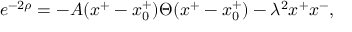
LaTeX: e ^ { - 2 \rho } = - A ( x ^ { + } - x _ { 0 } ^ { + } ) \Theta ( x ^ { + } - x _ { 0 } ^ { + } ) - \lambda ^ { 2 } x ^ { + } x ^ { - } ,